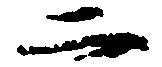
二